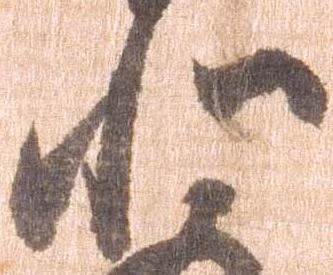
和